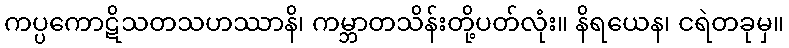
ကပ္ပကောဋိသတသဟဿာနိ၊ ကမ္ဘာတသိန်းတို့ပတ်လုံး။ နိရယေန၊ ငရဲတခုမှ။